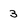
Character: 3